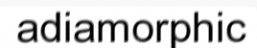
adiamorphic